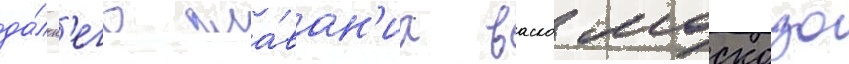
да́льн'его пла́ван'иа васко москозо